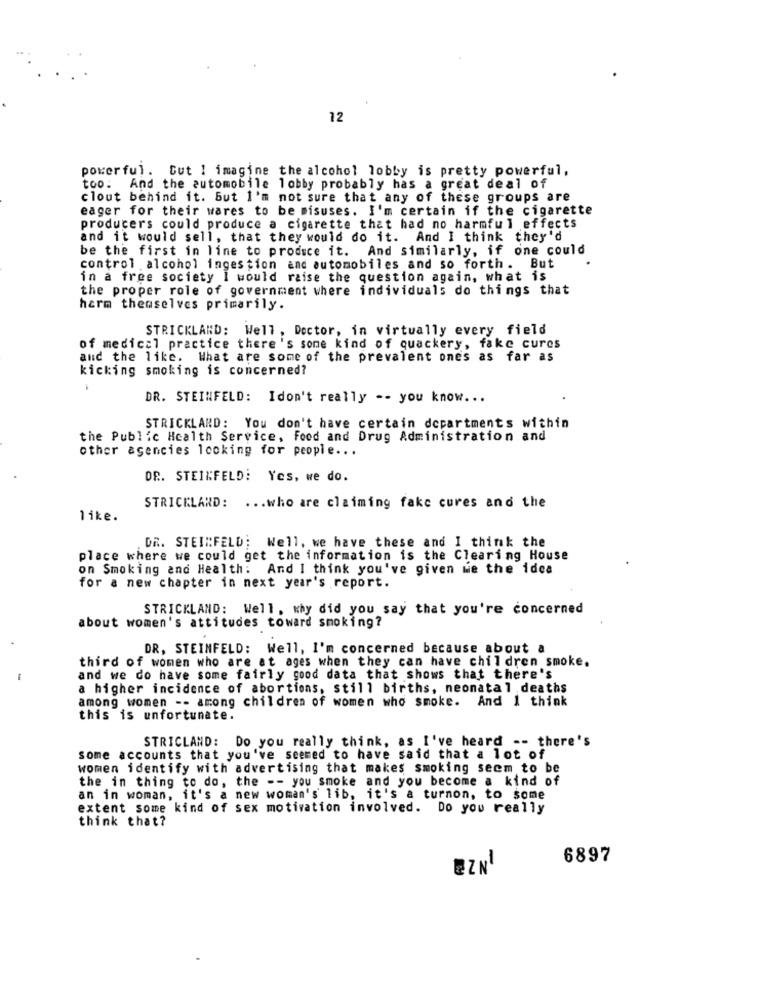
12
powerful. Cut 1 imagine the alcohol lobby is pretty powerful,
too. And the automobile lobby probably has a great deal of
clout behind it. But I'm not sure that any of these groups are
eager for their wares to be misuses. I'm certain if the cigarette
producers could produce a cigarette that had no harmful effects
and it would sell, that they would do it. And I think they'd
be the first in line to produce it. And similarly, if one could
control alcohol ingestion and automobiles and so forth. But
in a free society I would raise the question again, what is
the proper role of government where individuals do things that
harm themselves primarily.
STRICKLAND: Well, Doctor, in virtually every field
of medical practice there's some kind of quackery, fake cures
and the like. What are some of the prevalent ones as far as
kicking smoking is concerned?
DR. STEINFELD: Idon't really -- you know ...
STRICKLAND: You don't have certain departments within
the Public Health Service, Food and Drug Administration and
other agencies looking for people ...
DR. STEINFELD: Yes, we do.
STRICKLAND:
... who are claiming fake cures and the
like.
DR. STEINFELD; Well, we have these and I think the
place where we could get the information is the Clearing House
on Smoking and Health: And I think you've given we the idea
for a new chapter in next year's report.
STRICKLAND: Well. why did you say that you're concerned
about women's attitudes toward smoking?
DR, STEINFELD: Well, I'm concerned because about a
third of women who are at ages when they can have children smoke.
and we do have some fairly good data that shows that there's
a higher incidence of abortions, still births, neonatal deaths
among women -- among children of women who smoke. And I think
this is unfortunate.
STRICLAND: Do you really think, as I've heard -- there's
some accounts that you've seemed to have said that a lot of
women identify with advertising that makes smoking seem to be
the in thing to do, the -- you smoke and you become a kind of
an in woman, it's a new woman's lib, it's a turnon, to some
extent some kind of sex motivation involved. Do you really
think that?
6897
EZNI